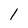
Character: 1